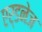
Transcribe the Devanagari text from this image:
एर्डनेज